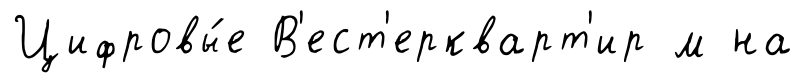
Цифровы́е В'ест'еркварт'ир м на